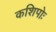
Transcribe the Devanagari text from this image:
कशिपोः